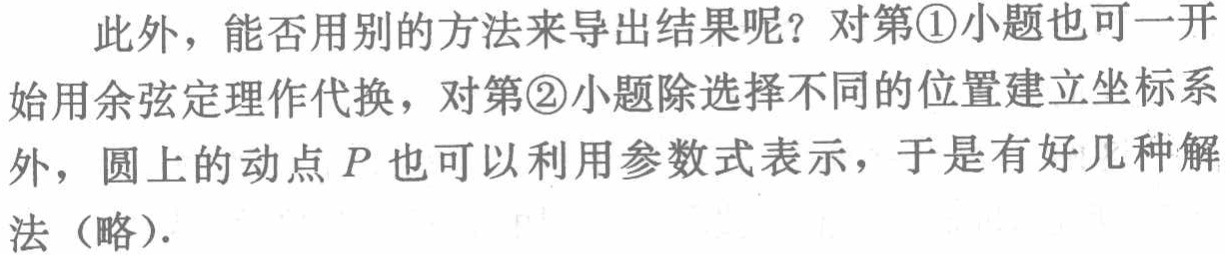
此外，能否用别的方法来导出结果呢？对第\textcircled{1}小题也可一开始用余弦定理作代换，对第\textcircled{2}小题除选择不同的位置建立坐标系外，圆上的动点\(P\)也可以利用参数式表示，于是有好几种解法（略）.